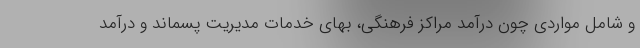
و شامل مواردی چون درآمد مراکز فرهنگی، بهای خدمات مدیریت پسماند و درآمد